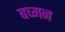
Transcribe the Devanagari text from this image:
बच्मन